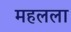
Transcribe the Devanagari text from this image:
महलला